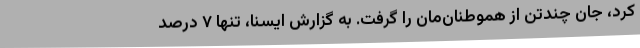
کرد، جان چندتن از هموطنان‌مان را گرفت. به گزارش ایسنا، تنها ۷ درصد